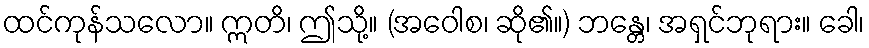
ထင်ကုန်သလော။ ဣတိ၊ ဤသို့။ (အဝေါစ၊ ဆို၏။) ဘန္တေ၊ အရှင်ဘုရား။ ခေါ၊